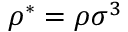
\rho ^ { * } = \rho \sigma ^ { 3 }